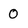
Character: 0